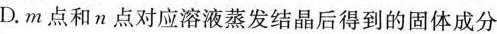
D.m点和n点对应溶液蒸发结晶后得到的固体成分